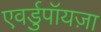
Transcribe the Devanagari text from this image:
एवर्डुपॉयज़ा